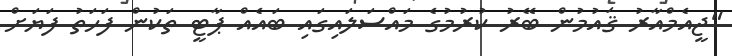
"ޖީއެމްއާރު ޤައުމުން ބޭރު ކުރުމުގެ މައްސަލައިގައި ބައެއް ޕާޓީ ތަކުން ފަހަތު ފަޔަށް